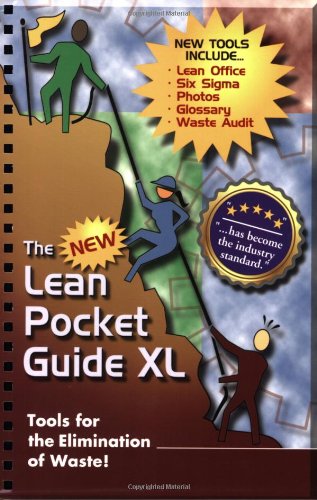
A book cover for The New Lean Pocket Guide XL; Don Tapping; Engineering & Transportation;